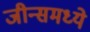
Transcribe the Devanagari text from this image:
जीन्समध्ये